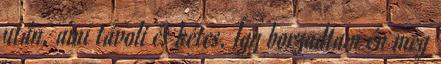
után, ami távoli és kétes. Így borzadtam én meg